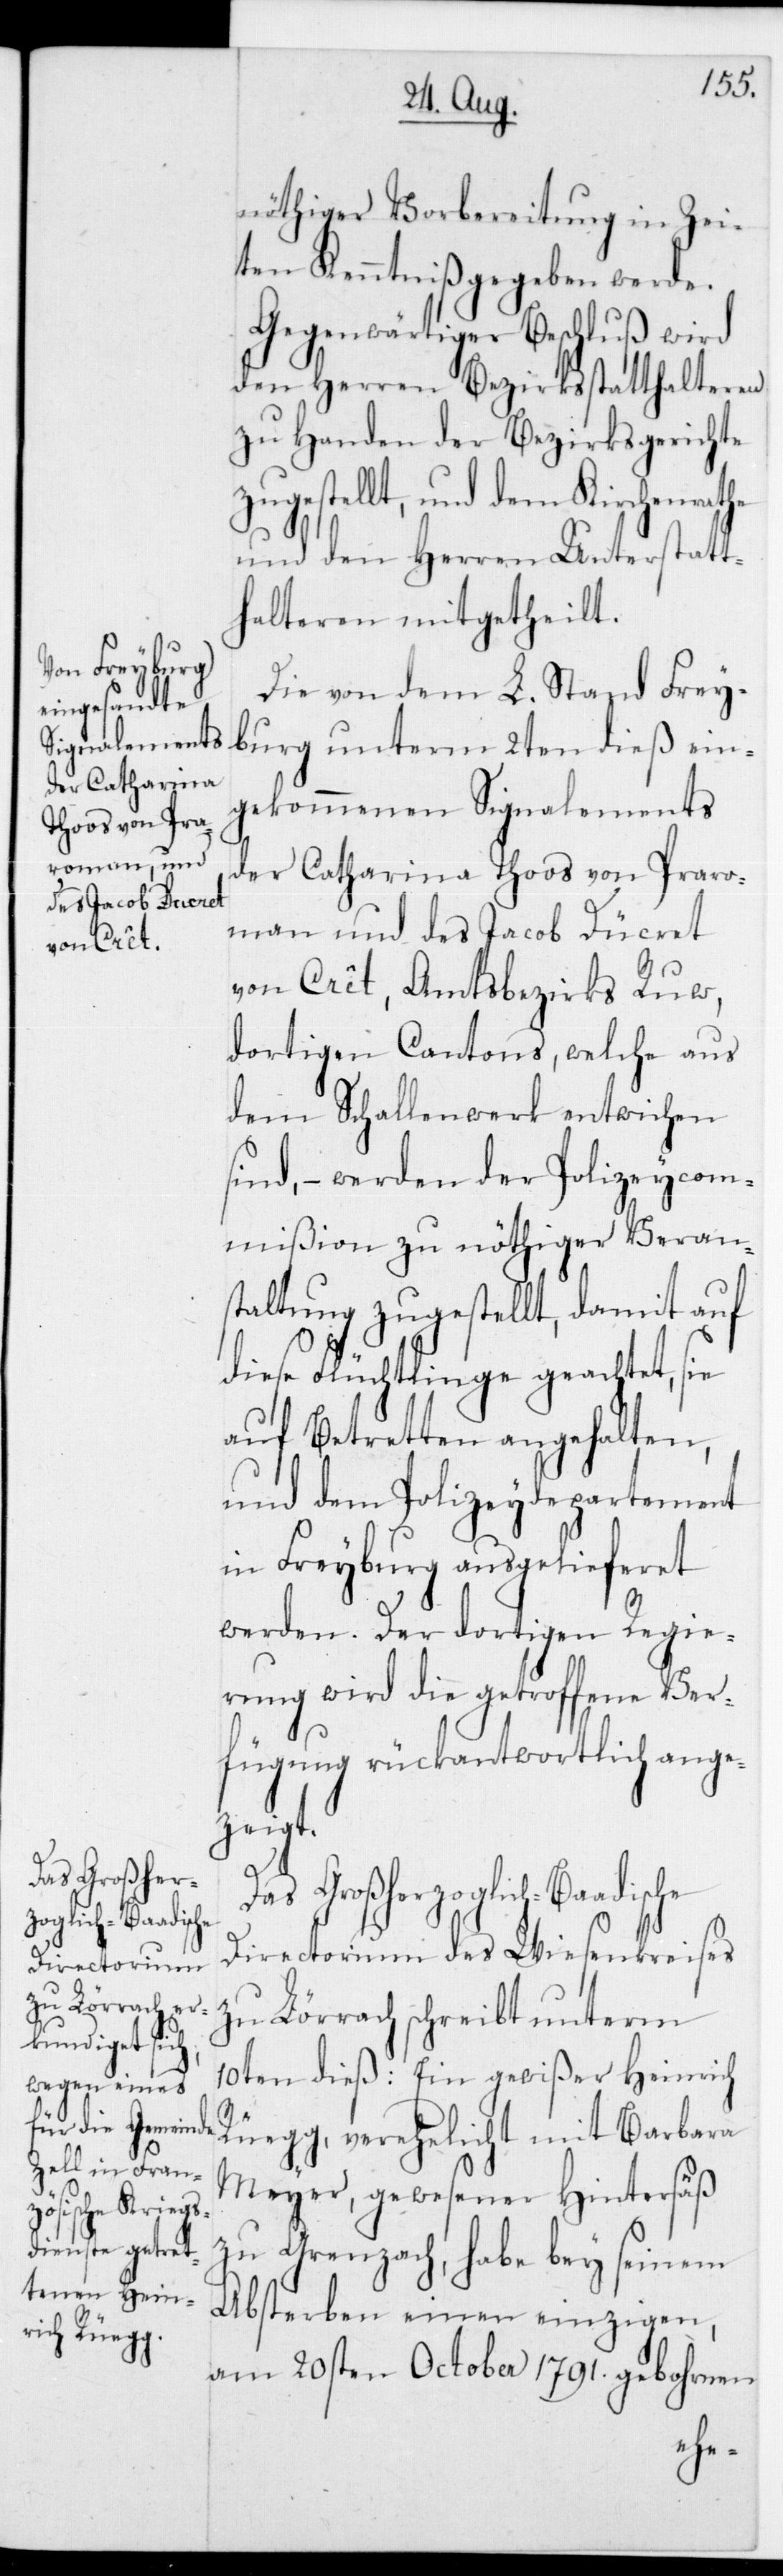
nöthiger Vorbereitung in Zei¬
ten Kenntniß gegeben werde.
Gegenwärtiger Beschluß wird
den Herren Bezirksstatthalteren
zu Handen der Bezirksgerichte
zugestellt, und dem Kirchenrathe
und den Herren Unterstatt¬
halteren mitgetheilt.
Die von dem L. Stand Frey¬
burg unterm 2ten dieß ein¬
gekommenen Signalements
der Catharina Thoos von Praro¬
man und des Jacob Ducret
con Crêt, Amtsbezirks Ruw,
dortigen Cantons, welche aus
dem Schellenwerk entwichen
sind, – werden der Polizeycom¬
mißion zu nöthiger Veran¬
staltung zugestellt, damit auf
diese Flüchtlinge geachtet, sie
auf Betretten angehalten,
und dem Polizeydepartement
in Freyburg ausgelieferet
werden. Der dortigen Regie¬
rung wird die getroffene Ver¬
fügung rückantwortlich ange¬
zeigt.
Das Großherzoglich-Baadische
Directorium des Wiesenkreises
zu Lörrach schreibt unterm
10ten dieß: Ein gewißer Heinrich
Rüegg, verehelicht mit Barbara
Meyer, gewesener Hintersäß
zu Grenzach, habe bey seinem
Absterben einen einzigen,
am 20sten October 1791 gebohrnen